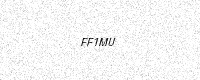
Text: FF1MU